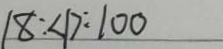
1 8 : \angle D : 1 0 0